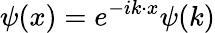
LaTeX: \psi(x)=e^{-ik\cdot x}\psi(k)